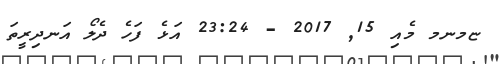
ޏމނމ މެއި 15